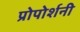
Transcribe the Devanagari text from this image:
प्रोपोर्शनी